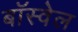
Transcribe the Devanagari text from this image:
बॉस्वेल